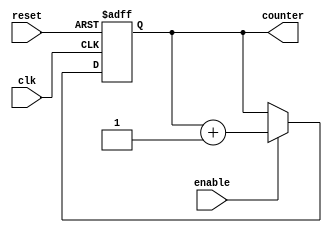
module johnson_counter_clock_divider (
    input wire clk,
    input wire reset,
    input wire enable,
    output reg [3:0] counter
);

always @(posedge clk or posedge reset) begin
    if (reset) begin
        counter <= 4'b0000;
    end else if (enable) begin
        counter <= counter + 1;
    end
end

endmodule